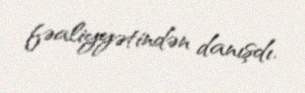
fəaliyyətindən danışdı.